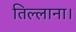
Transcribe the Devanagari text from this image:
तिल्लाना।